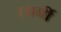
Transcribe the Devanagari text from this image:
लार्बी